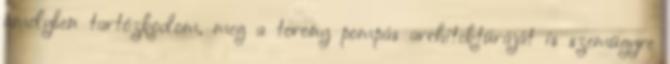
amelyben tartózkodom, meg a torony pompás architektúráját is szemügyre